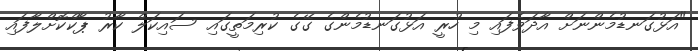
"އަޅުގަނޑުމެންނަށް އާދަވެފައި މި ހުރީ އަޅުގަނޑުމެންގެ ގޭގެ ކުރިމަތީގައި ސައިކަލް ކާރު ޕާކްކޮށްލާފައި